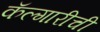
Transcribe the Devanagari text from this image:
कॅल्गारीची